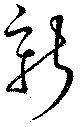
新